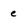
Character: e